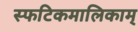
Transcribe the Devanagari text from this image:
स्फटिकमालिकाम्